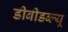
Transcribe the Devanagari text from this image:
डीबीडब्ल्यू